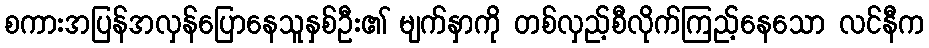
စကားအပြန်အလှန်ပြောနေသူနှစ်ဦး၏ မျက်နှာကို တစ်လှည့်စီလိုက်ကြည့်နေသော လင်နီက